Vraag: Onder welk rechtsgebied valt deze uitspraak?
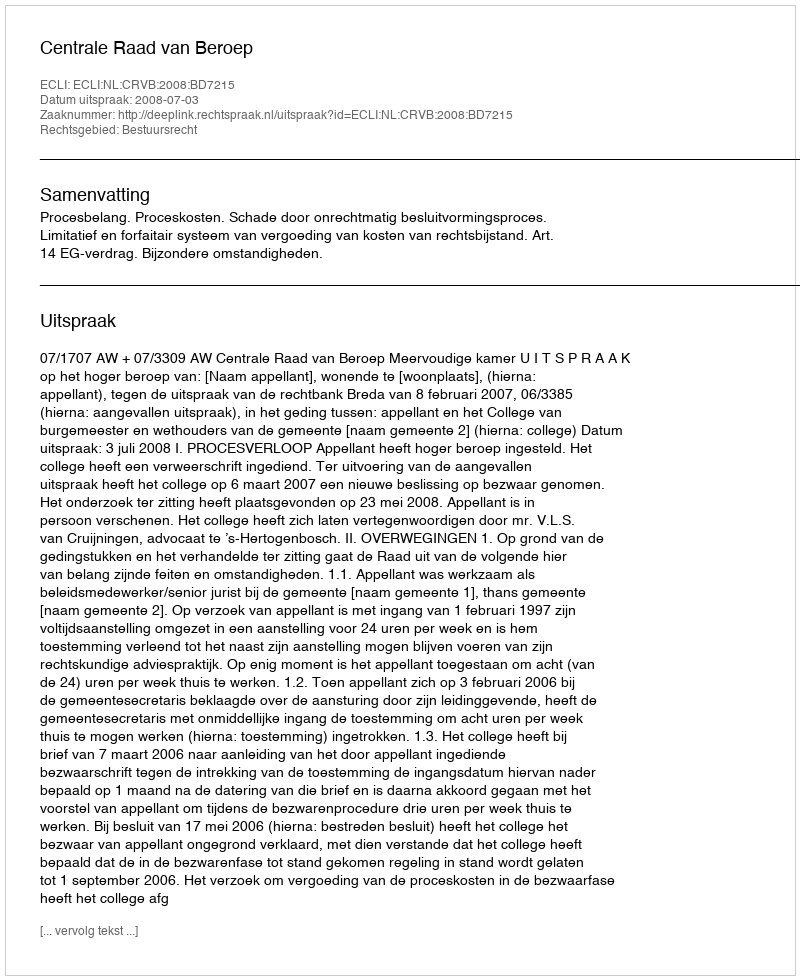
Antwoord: Bestuursrecht